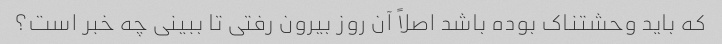
که باید وحشتناک بوده باشد اصلاً آن روز بیرون رفتی تا ببینی چه خبر است؟